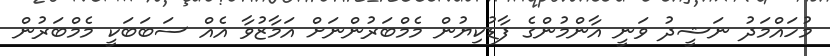
މުހައްމަދު ނަޝީދު ވަނީ އާންމުންގެ ފާޑުކިޔުން މެމްބަރުންނަށް އަމާޒުވާ އެއް ސަބަބަކީ މެމްބަރުން